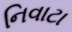
નિવાટા